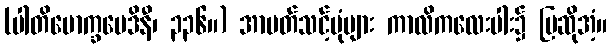
(ပါတိမောက္ခမေဒိနီ၊ ၃၃၆။) အာပတ်သင့်ပုံများ ကာလိကလေးပါး၌ ပြဆိုအံ့။